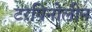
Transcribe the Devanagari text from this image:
टरपिनोलीन